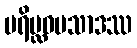
ပရိပ္လဝပသာဒဿ